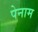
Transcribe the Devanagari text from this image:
पेनाम